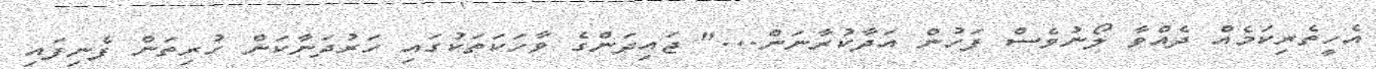
އެހީތެރިކަމެއް ދެއްވާ ލޯނުވެސް ފަހުން އަދާކުރާނަން..." ޖައިދަންގެ ވާހަކަތަކުގައި ހަރުދަނާކަން ހުރިތަން ފެނިފައި